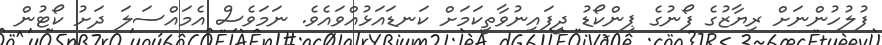
ފުލުހުންނަށް ރިޔާޒުގެ ފޯނުގެ ޕިންކޯޑު ދީފައިނުވާތީކަމަށް ކަނޑައަޅުއްވައެވެ. ނަމަވެސް އެމައްސަލަ ދަށު ކޯޓުން